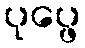
ပုပ္ဖေ